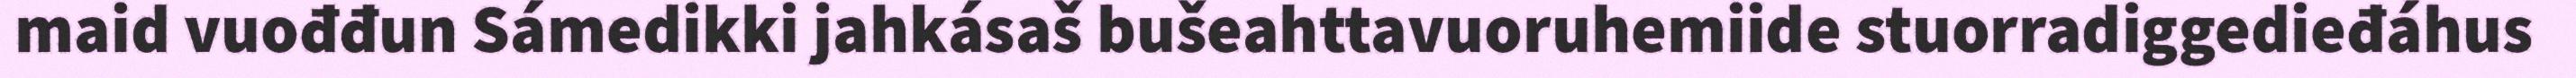
maid vuođđun Sámedikki jahkásaš bušeahttavuoruhemiide stuorradiggedieđáhus